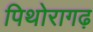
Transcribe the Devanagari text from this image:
पिथोरागढ़